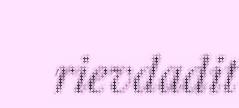
rievdadit